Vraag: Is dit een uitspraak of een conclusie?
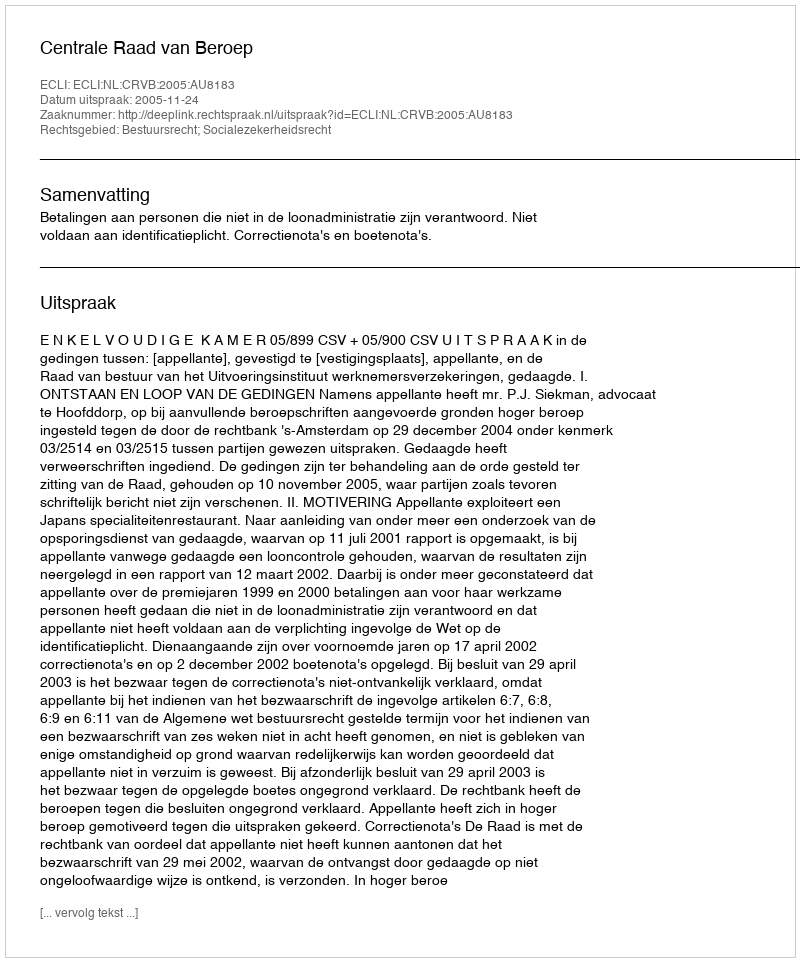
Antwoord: Uitspraak